Vaccination in Burma 1900-1911 - 1900-1911
Year: 1900
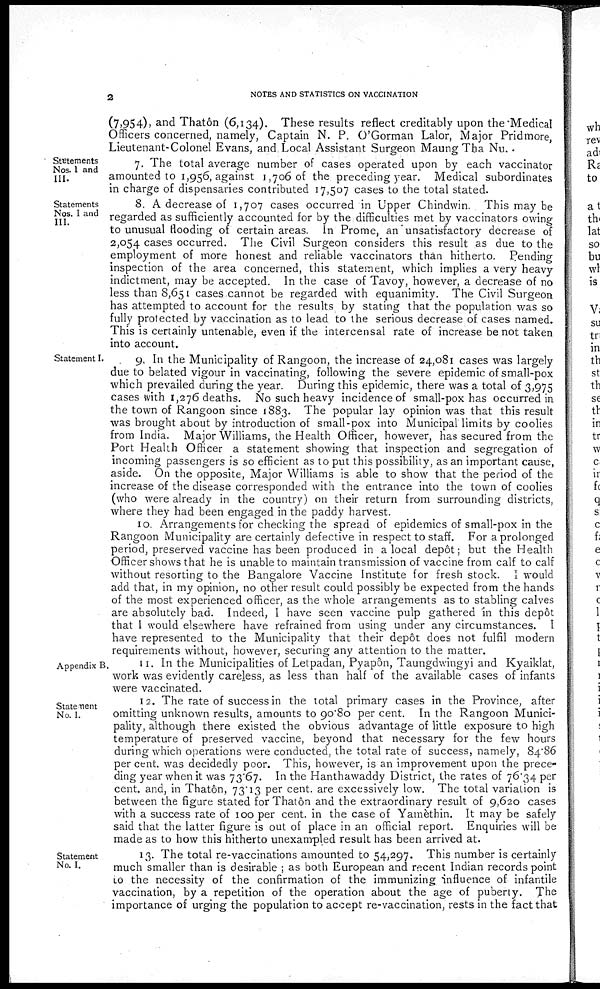
2
NOTES AND STATISTICS ON VACCINATION
(7,954), and Thatôn (6,134). These results reflect creditably upon the Medical
Officers concerned, namely, Captain N. P. O'Gorman Lalor, Major Pridmore,
Lieutenant-Colonel Evans, and Local Assistant Surgeon Maung Tha Nu.
Statements
Nos. I and
III.
7. The total average number of cases operated upon by each vaccinator
amounted to 1,956, against 1,706 of the preceding year. Medical subordinates
in charge of dispensaries contributed 17,507 cases to the total stated.
Statements
Nos. I and
III.
8. A decrease of 1,707 cases occurred in Upper Chindwin. This may be
regarded as sufficiently accounted for by the difficulties met by vaccinators owing
to unusual flooding of certain areas. In Prome, an unsatisfactory decrease of
2,054 cases occurred. The Civil Surgeon considers this result as due to the
employment of more honest and reliable vaccinators than hitherto. Pending
inspection of the area concerned, this statement, which implies a very heavy
indictment, may be accepted. In the case of Tavoy, however, a decrease of no
less than 8,651 cases cannot be regarded with equanimity. The Civil Surgeon
has attempted to account for the results by stating that the population was so
fully protected by vaccination as to lead to the serious decrease of cases named.
This is certainly untenable, even if the intercensal rate of increase be not taken
into account.
Statement I.
9. In the Municipality of Rangoon, the increase of 24,081 cases was largely
due to belated vigour in vaccinating, following the severe epidemic of small-pox
which prevailed during the year. During this epidemic, there was a total of 3,975
cases with 1,276 deaths. No such heavy incidence of small-pox has occurred in
the town of Rangoon since 1883. The popular lay opinion was that this result
was brought about by introduction of small-pox into Municipal limits by coolies
from India. Major Williams, the Health Officer, however, has secured from the
Port Health Officer a statement showing that inspection and segregation of
incoming passengers is so efficient as to put this possibility, as an important cause,
aside. On the opposite, Major Williams is able to show that the period of the
increase of the disease corresponded with the entrance into the town of coolies
(who were already in the country) on their return from surrounding districts,
where they had been engaged in the paddy harvest.
10. Arrangements for checking the spread of epidemics of small-pox in the
Rangoon Municipality are certainly defective in respect to staff. For a prolonged
period, preserved vaccine has been produced in a local depôt; but the Health
Officer shows that he is unable to maintain transmission of vaccine from calf to calf
without resorting to the Bangalore Vaccine Institute for fresh stock. I would
add that, in my opinion, no other result could possibly be expected from the hands
of the most experienced officer, as the whole arrangements as to stabling calves
are absolutely bad. Indeed, I have seen vaccine pulp gathered in this depôt
that I would elsewhere have refrained from using under any circumstances. I
have represented to the Municipality that their depôt does not fulfil modern
requirements without, however, securing any attention to the matter.
Appendix B.
11. In the Municipalities of Letpadan, Pryapôn, Taungdwingyi and Kyaiklat,
work was evidently careless, as less than half of the available cases of infants
were vaccinated.
Statement
No. I.
12. The rate of success in the total primary cases in the Province, after
omitting unknown results, amounts to 90.80 per cent. In the Rangoon Munici-
pality, although there existed the obvious advantage of little exposure to high
temperature of preserved vaccine, beyond that necessary for the few hours
during which operations were conducted, the total rate of success, namely, 84.86
per cent. was decidedly poor. This, however, is an improvement upon the prece-
ding year when it was 73.67. In the Hanthawaddy District, the rates of 76.34 per
cent. and, in Thatôn, 73.13 per cent. are excessively low. The total variation is
between the figure stated for Thatôn and the extraordinary result of 9,620 cases
with a success rate of 100 per cent. in the case of Yamèthin. It may be safely
said that the latter figure is out of place in an official report. Enquiries will be
made as to how this hitherto unexampled result has been arrived at.
Statement
No. I.
13. The total re-vaccinations amounted to 54,297. This number is certainly
much smaller than is desirable ; as both European and recent Indian records point
to the necessity of the confirmation of the immunizing influence of infantile
vaccination, by a repetition of the operation about the age of puberty. The
importance of urging the population to accept re-vaccination, rests in the fact that